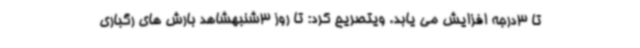
تا 3درجه افزایش می یابد. ویتصریح کرد: تا روز 3شنبهشاهد بارش های رگباری